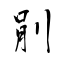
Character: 剈